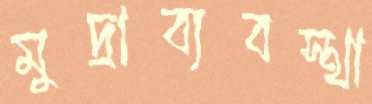
মুদ্রাব্যবস্থা